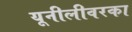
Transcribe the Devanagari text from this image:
यूनीलीवरका